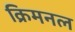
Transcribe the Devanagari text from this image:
क्रिमनल